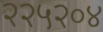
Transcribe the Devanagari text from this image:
२२५२०४